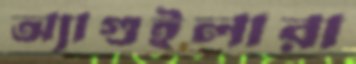
অ্যাগুইলারা